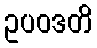
ဥပဝဒတိ